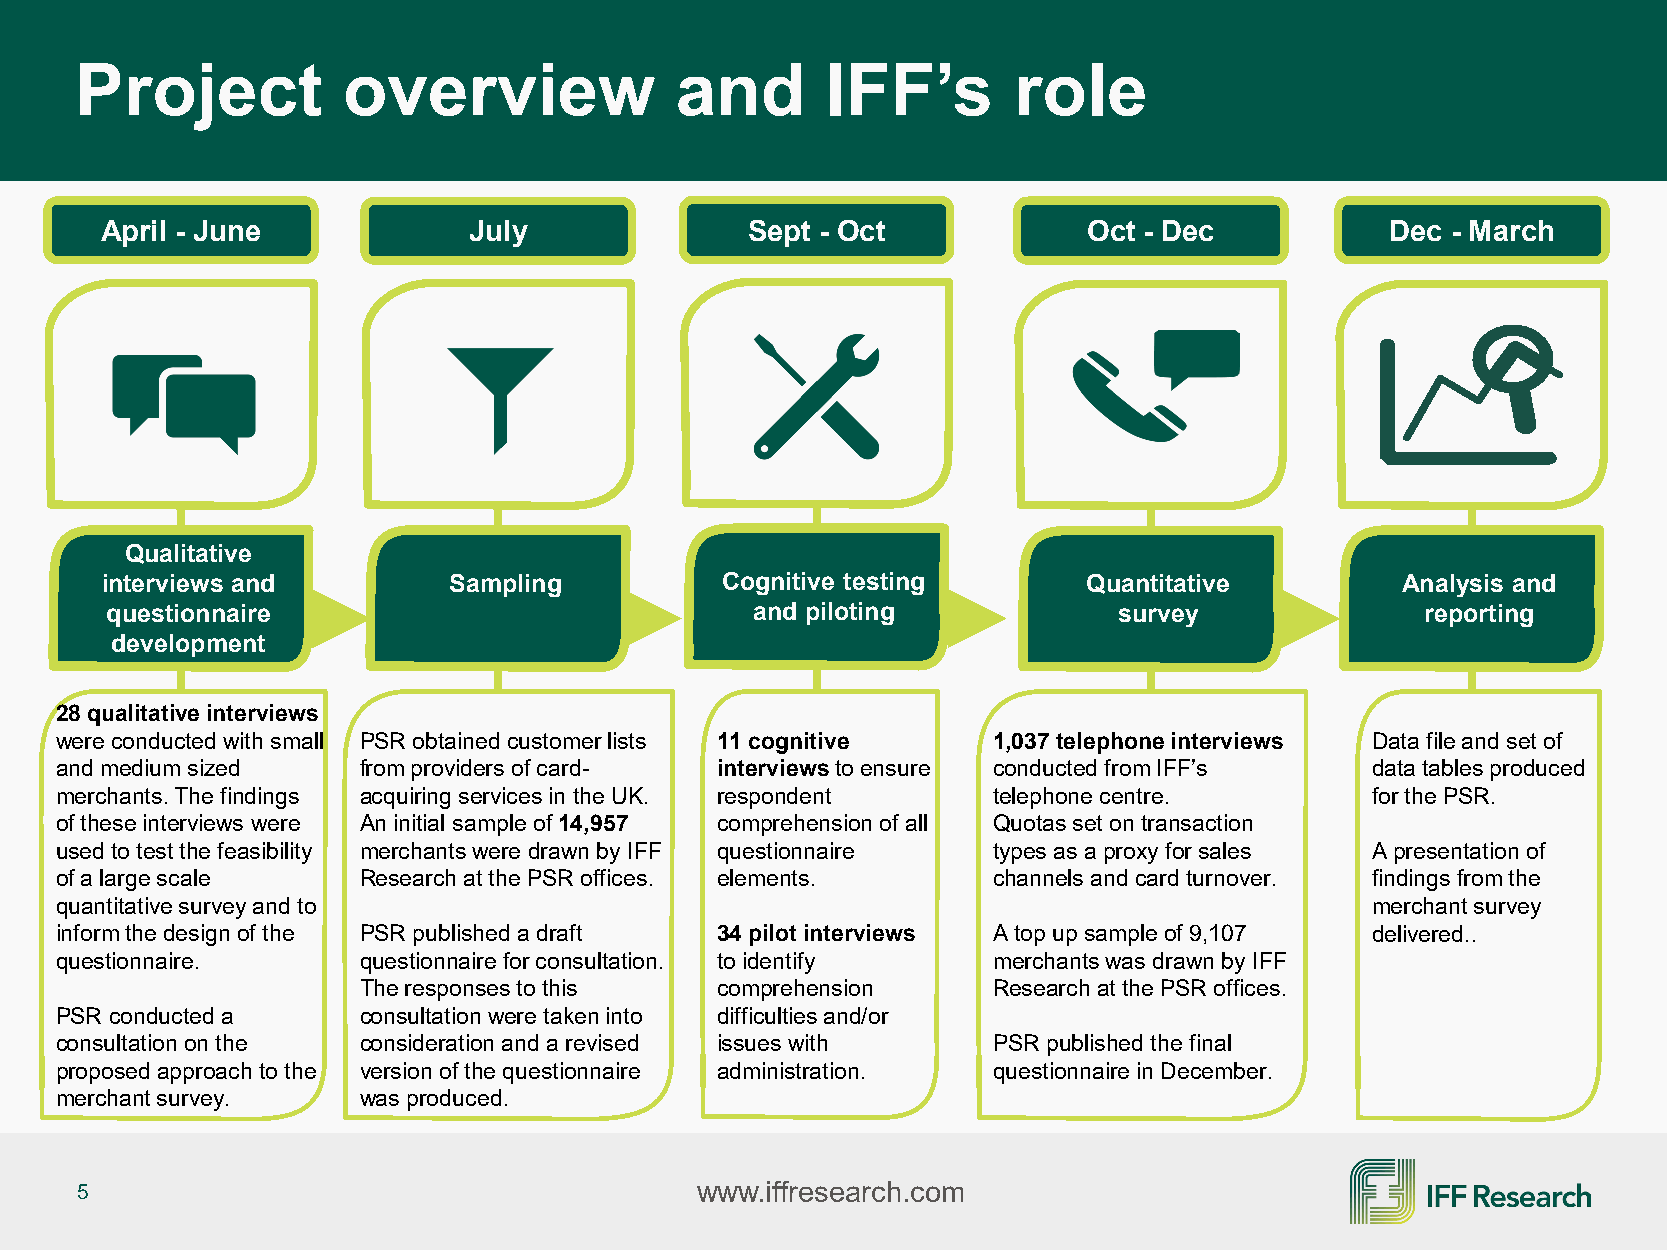
Project           overview              and       IFF’s       role
 April - June            July              Sept - Oct             Oct - Dec           Dec - March
 Qualitative
 interviews and         Sampling          Cognitive testing       Quantitative         Analysis and
 questionnaire                              and piloting            survey              reporting
 development
 28 qualitative interviews
 were conducted with small PSR obtained customer lists 11 cognitive 1,037 telephone interviews Data file and set of
 and medium sized    from providers of card- interviews to ensure conducted from IFF’s  data tables produced
 merchants. The findings acquiring services in the UK. respondent telephone centre.     for the PSR.
 of these interviews were An initial sample of 14,957 comprehension of all Quotas set on transaction
 used to test the feasibility merchants were drawn by IFF questionnaire types as a proxy for sales A presentation of
 of a large scale    Research at the PSR offices. elements.    channels and card turnover. findings from the
 quantitative survey and to                                                             merchant survey
 inform the design of the PSR published a draft 34 pilot interviews A top up sample of 9,107 delivered..
 questionnaire.      questionnaire for consultation. to identify merchants was drawn by IFF
 The responses to this  comprehension      Research at the PSR offices.
 PSR conducted a     consultation were taken into difficulties and/or
 consultation on the consideration and a revised issues with   PSR published the final
 proposed approach to the version of the questionnaire administration. questionnaire in December.
 merchant survey.    was produced.
 5                                        www.iffresearch.com